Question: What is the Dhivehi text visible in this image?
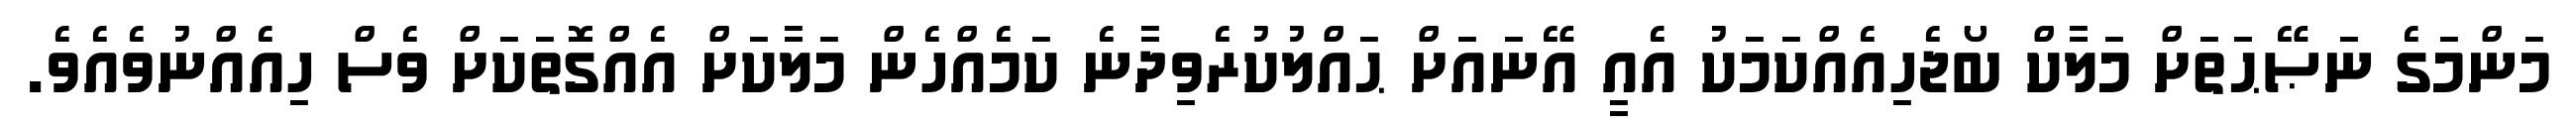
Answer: މަންމަގެ ނަޞޭޙަތަށް މަލާކް ބޯޖެހިއެއްކަމަކު އެއީ އޭނައަށް ޙައްލުކުރެވިދާނެ ކަމެއްހެން މަލާކަށް އެއްގޮތަކަށް ވެސް ހިއެއްނުވެއެވެ.